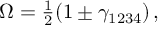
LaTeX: \Omega = \textstyle { \frac { 1 } { 2 } } ( 1 \pm \gamma _ { 1 2 3 4 } ) \, ,